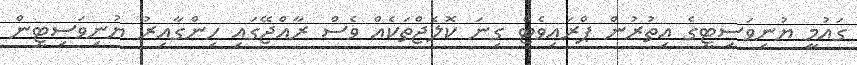
ގައުމީ ޔުނިވަސިޓީގެ އިތުރުން ޕްރައިވެޓް ގިނަ ކޮލެޖްތަކެއް ވެސް ރާއްޖޭގައި ހިންގާއިރު ޔުނިވަސިޓީން